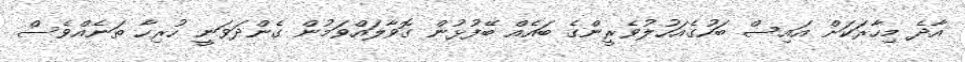
އާދެ މިހާރަކަށް އައިސް ބަހުގެއަހުލުވެރީންގެ ބައެއް ބޭފުޅުން ގޮވާލައްވަމުން ގެންދަވަނީ ހުރިހާ ތަނެއްވެސް